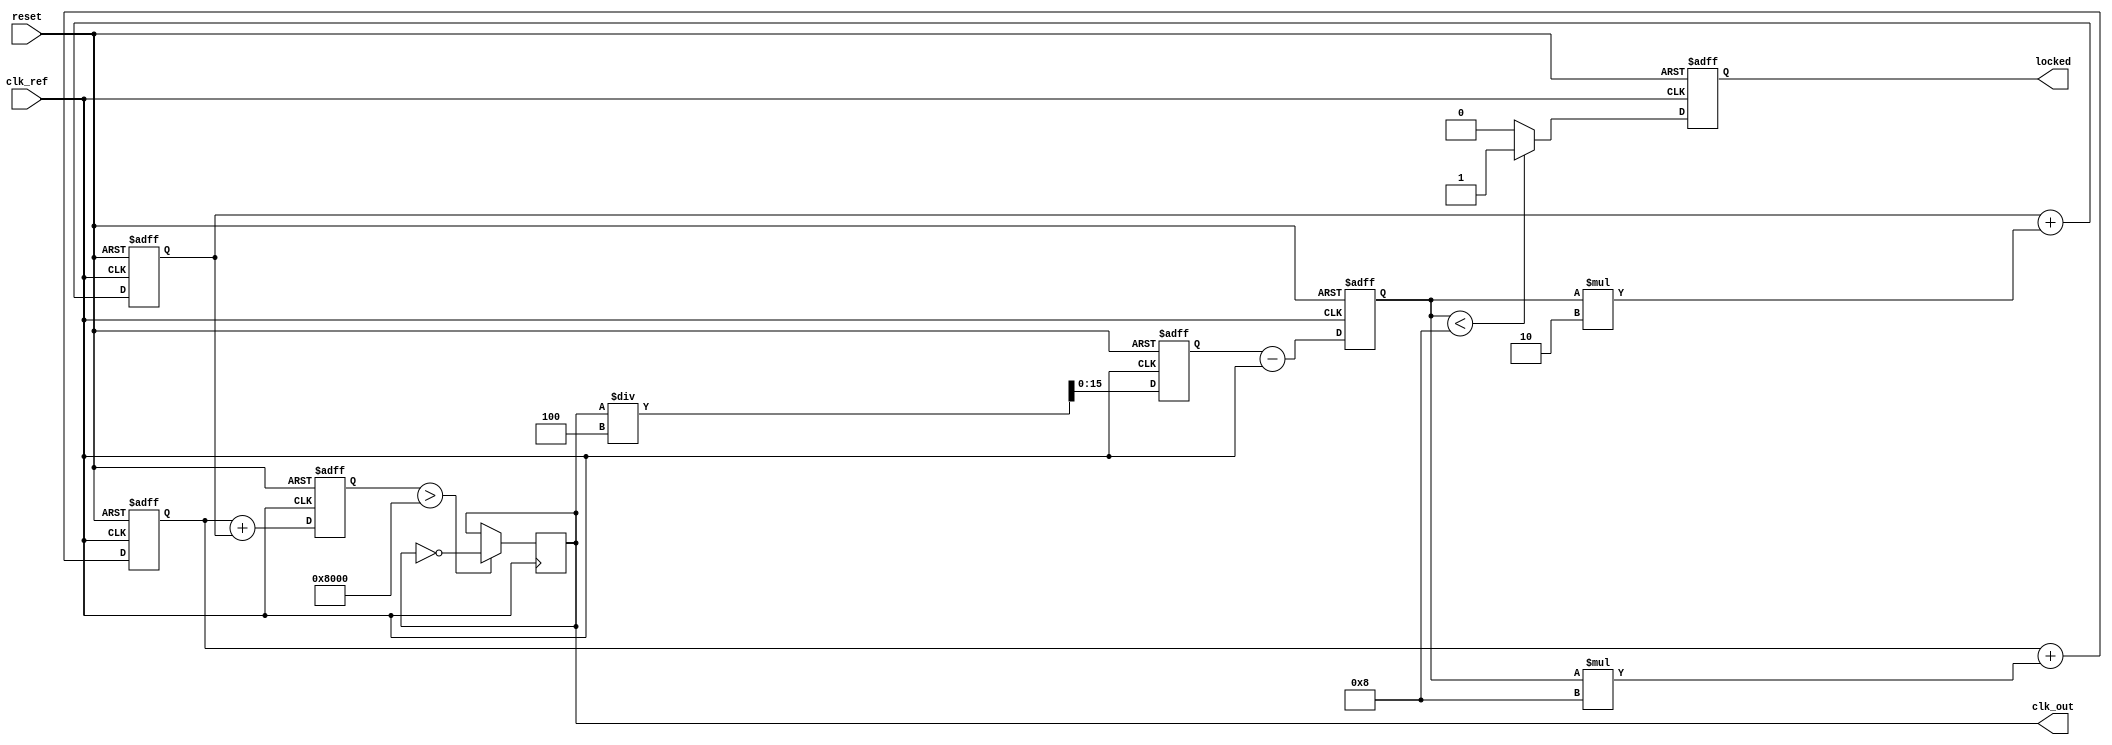
module dual_loop_pll (
    input wire clk_ref,           // Reference clock input
    input wire reset,             // Asynchronous reset
    output reg clk_out,           // Generated output clock
    output reg locked             // Lock status output
);

    // Parameters for the PLL
    parameter DIV_RATIO = 4;      // Division ratio for feedback
    parameter COARSE_GAIN = 8;     // Gain for coarse loop
    parameter FINE_GAIN = 2;       // Gain for fine loop

    // Internal signals
    reg [15:0] phase_error;        // Phase error signal
    reg [15:0] coarse_filter;      // Coarse loop filter
    reg [15:0] fine_filter;        // Fine loop filter
    reg [15:0] vco_control;        // Control signal for VCO
    reg [15:0] vco_output;         // VCO output
    reg [15:0] feedback;           // Feedback signal

    // Phase Detector
    always @(posedge clk_ref or posedge reset) begin
        if (reset) begin
            phase_error <= 16'b0;
        end else begin
            // Simple phase comparison (this is a placeholder)
            phase_error <= feedback - clk_ref; // Update phase error signal
        end
    end

    // Coarse Loop Filter
    always @(posedge clk_ref or posedge reset) begin
        if (reset) begin
            coarse_filter <= 16'b0;
        end else begin
            coarse_filter <= coarse_filter + (phase_error * COARSE_GAIN); // Coarse filter update
        end
    end

    // Fine Loop Filter
    always @(posedge clk_ref or posedge reset) begin
        if (reset) begin
            fine_filter <= 16'b0;
        end else begin
            fine_filter <= fine_filter + (phase_error * FINE_GAIN); // Fine filter update
        end
    end

    // Voltage-Controlled Oscillator (VCO)
    always @(posedge clk_ref or posedge reset) begin
        if (reset) begin
            vco_control <= 16'b0;
        end else begin
            vco_control <= coarse_filter + fine_filter; // Update VCO control signal
        end
    end

    // Generate VCO Output Clock
    always @(posedge clk_ref) begin
        if (vco_control > 16'b1000000000000000) begin // Threshold check for generating output clock
            clk_out <= ~clk_out; // Toggle output clock
        end
    end
    
    // Feedback Divider
    always @(posedge clk_ref or posedge reset) begin
        if (reset) begin
            feedback <= 16'b0;
        end else begin
            feedback <= clk_out / DIV_RATIO; // Simple feedback division
        end
    end

    // Lock Detection (simple example)
    always @(posedge clk_ref or posedge reset) begin
        if (reset) begin
            locked <= 1'b0;
        end else begin
            // Simple lock detection logic (this can be more sophisticated)
            if (phase_error < 16'b0000000000001000) begin // If phase error is small
                locked <= 1'b1; // Lock detected
            end else begin
                locked <= 1'b0; // Not locked
            end
        end
    end

endmodule